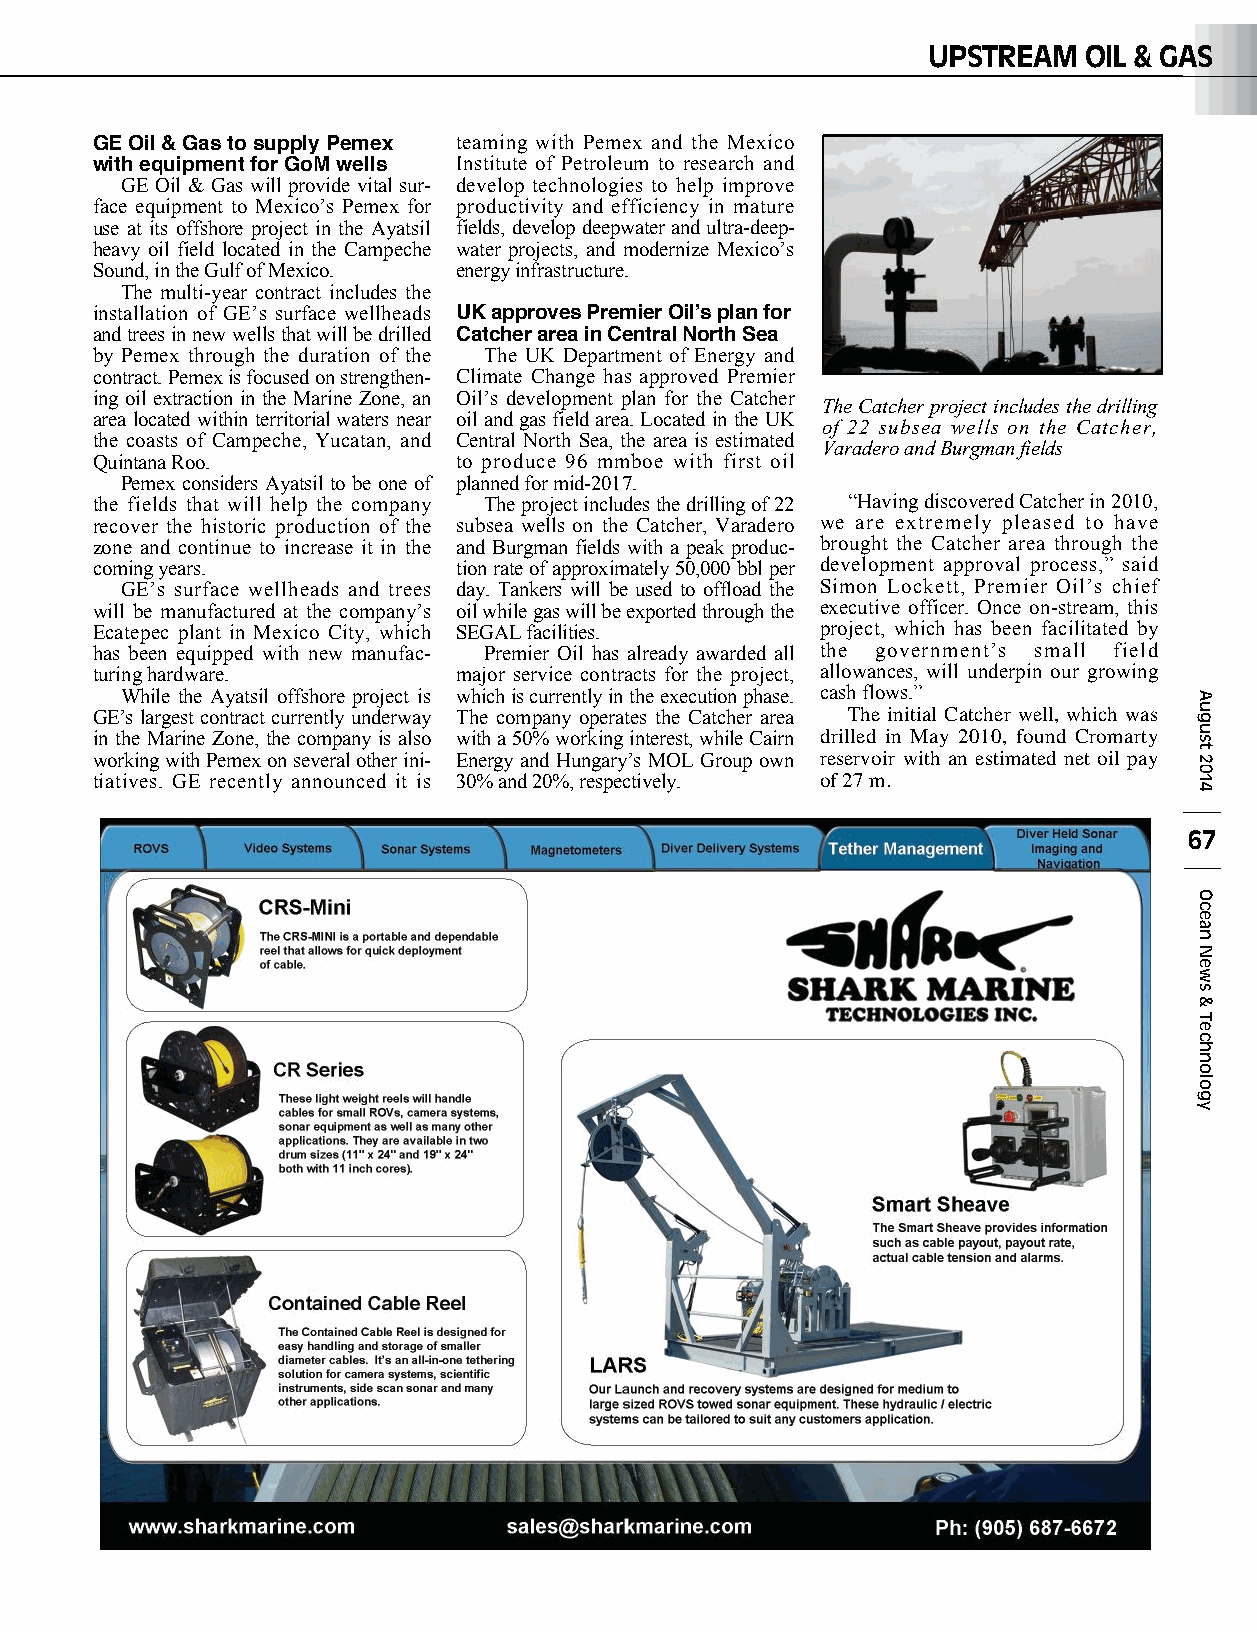
UPSTREAM   OIL & GAS
 GE Oil & Gas to supply Pemex teaming with Pemex and the Mexico
 with equipment for GoM wells Institute of Petroleum to research and
 GE Oil & Gas will provide vital sur- develop technologies to help improve
 face equipment to Mexico’s Pemex for productivity and efficiency in mature
 use at its offshore project in the Ayatsil fields, develop deepwater and ultra-deep-
 heavy oil field located in the Campeche water projects, and modernize Mexico’s
 Sound, in the Gulf of Mexico. energy infrastructure.
 The multi-year contract includes the
 installation of GE’s surface wellheads UK approves Premier Oilʼs plan for
 and trees in new wells that will be drilled Catcher area in Central North Sea
 by Pemex through the duration of the The UK Department of Energy and
 contract. Pemex is focused on strengthen- Climate Change has approved Premier
 ing oil extraction in the Marine Zone, an Oil’s development plan for the Catcher
 The Catcher project includes the drilling
 area located within territorial waters near oil and gas field area. Located in the UK
 of 22 subsea wells on the Catcher,
 the coasts of Campeche, Yucatan, and Central North Sea, the area is estimated
 Varadero and Burgman fields
 Quintana Roo.           to produce 96 mmboe with first oil
 Pemex considers Ayatsil to be one of planned for mid-2017.
 the fields that will help the company The project includes the drilling of 22 “Having discovered Catcher in 2010,
 recover the historic production of the subsea wells on the Catcher, Varadero we are extremely pleased to have
 zone and continue to increase it in the and Burgman fields with a peak produc- brought the Catcher area through the
 coming years.           tion rate of approximately 50,000 bbl per development approval process,” said
 GE’s surface wellheads and trees day. Tankers will be used to offload the Simon Lockett, Premier Oil’s chief
 will be manufactured at the company’s oil while gas will be exported through the executive officer. Once on-stream, this
 Ecatepec plant in Mexico City, which SEGAL facilities. project, which has been facilitated by
 has been equipped with new manufac- Premier Oil has already awarded all the government’s small field
 turing hardware.        major service contracts for the project, allowances, will underpin our growing
 While the Ayatsil offshore project is which is currently in the execution phase. cash flows.”
 GE’s largest contract currently underway The company operates the Catcher area The initial Catcher well, which was
 in the Marine Zone, the company is also with a 50% working interest, while Cairn drilled in May 2010, found Cromarty
 working with Pemex on several other ini- Energy and Hungary’s MOL Group own reservoir with an estimated net oil pay
 tiatives. GE recently announced it is 30% and 20%, respectively. of 27 m.
 67
 August
 2014
 Ocean
 News
 &
 Technology